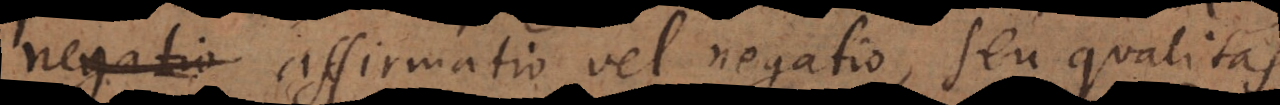
est), affirmatio vel negatio, seu qualitas,